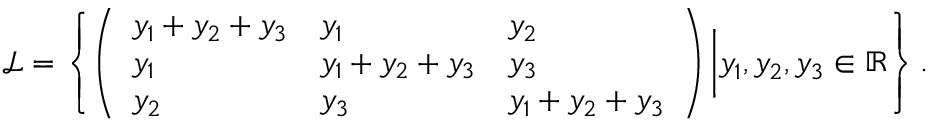
\mathcal { L } = \left\{ \left( \begin{array} { l l l } { y _ { 1 } + y _ { 2 } + y _ { 3 } } & { y _ { 1 } } & { y _ { 2 } } \\ { y _ { 1 } } & { y _ { 1 } + y _ { 2 } + y _ { 3 } } & { y _ { 3 } } \\ { y _ { 2 } } & { y _ { 3 } } & { y _ { 1 } + y _ { 2 } + y _ { 3 } } \end{array} \right) \bigg | y _ { 1 } , y _ { 2 } , y _ { 3 } \in \mathbb { R } \right\} .